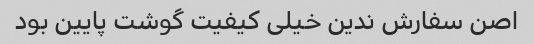
اصن سفارش ندین خیلی کیفیت گوشت پایین بود